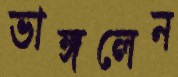
ভাঙ্গলেন